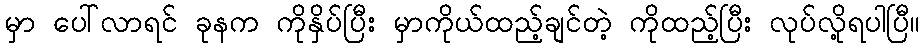
မှာ ပေါ်လာရင် ခုနက ကိုနှိပ်ပြီး မှာကိုယ်ထည့်ချင်တဲ့ ကိုထည့်ပြီး လုပ်လို့ရပါပြီ။